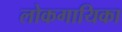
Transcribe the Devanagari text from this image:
लोकगायिका